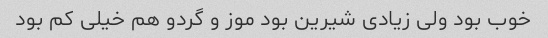
خوب بود ولی زیادی شیرین بود موز و گردو هم خیلی کم بود